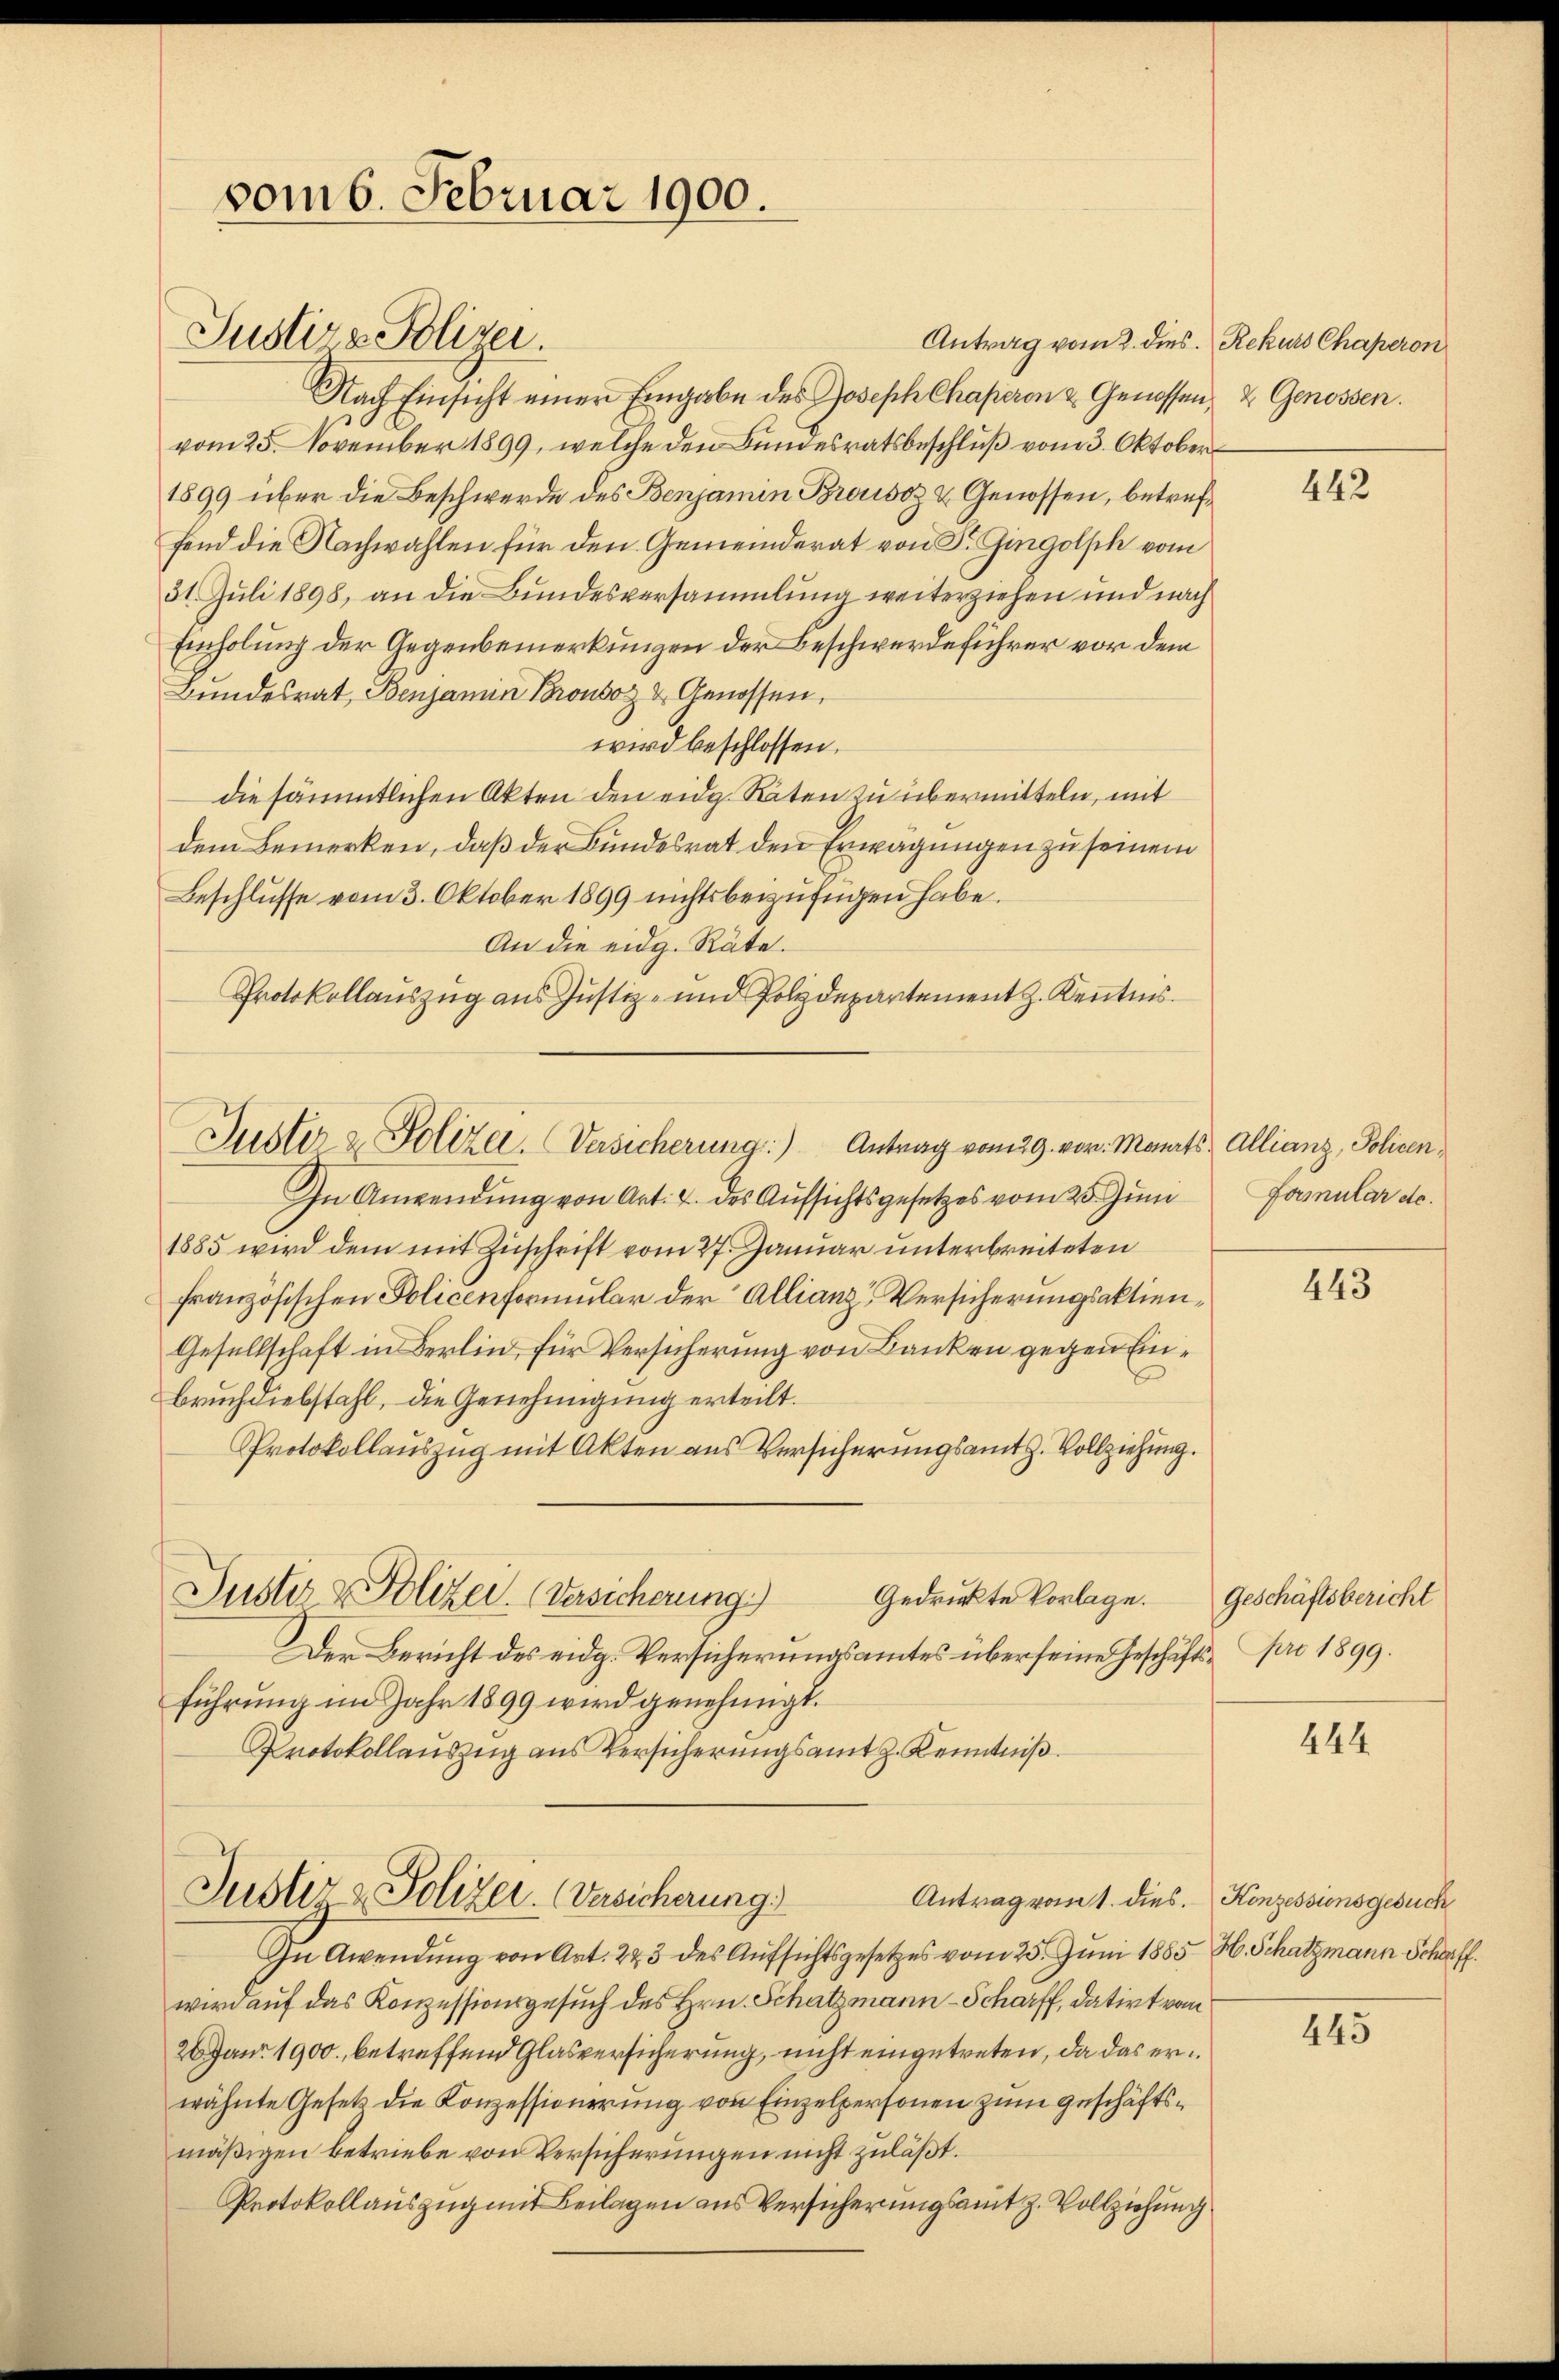
vom 6. Februar 1900.

Justiz & Polizei.

Juster u. Polizei. Versicherung: Antrag vom 29. vor. Monats Allianz, Policen¬

Antrag vom 2. dies Rekurs Chaperon
Nach Einsicht einer Eingabe des Joseph Chaperon & Genossen, & Genossen.
vom 25. November 1899, welche den Bundesratsbeschluß vom 3. Oktober
1899 über die Beschwerde des Benjamin Brousoz & Genossen, betreffend die Nachwahlen für den Gemeinderat von Dr. Gingolph vom
31. Juli 1898, an die Bundesversammlung weiterziehen und nach
Einholung der Gegenbemerkungen der Beschwerdeführer vor dem
Bundesrat, Benjamin Prousoz & Genossen,
wird beschlossen.
die sämmtlichen Akten den eidg. Raten zu übermitteln, mit
dem Bemerken, daß der Bundesrat den Erwägungen zu seinem
Beschlusse vom 3. Oktober 1899 nichts beizufügen habe.
An die eidg. Räte.
Protokollauszug aus Justiz- und Polydepartement J. Kenntnis.
In Anwendŭng von Art. 2. des Aŭfsichtsgesetzes vom 20. Jŭni Formular de
1885 wird dem mit Zuschrift vom 27. Januar unterbreiteten
französischen Policenformular der Allianz Versicherungsaktien¬
Gesellschaft in Berlin, für Versicherung von Banken gegen Ein¬
Bruch diebstahl, die Genehmigung erteilt.
Protokollauszug mit Akten aus Versicherungsamth. Vollziehung.
Justiz & Polizei. Versicherung)
Gedrückte Vorlage.
Der Bericht des eidg. Versicherungsamtes über seine Geschäfts- pro 1899.
führung im Jahr 1899 wird genehmigt.
Protokollauszug aus Versicherungsamt z. Kenntniß
Justiz - Polizei- Versicherung
Antrag vom 1. dies. Konzessionsgesuch
In Gwendung von Art. 223 des Aufsichtsgesetzes vom 25. Juni 1885 H. Schatzmann Schaff
wird auf das Konzessionsgesuch des Hrn. Schatzmann-Scharff, datirt vom
2 Juni 1900. betreffend Glasversicherung, nicht eingetreten, da das erwähnte Gesetz die Konzessionerung von Einzelpersonen zum Geschäftsmäßigen betriebe von Versicherungen nicht zuläßt.
Protokollauszug mit Beilagen aus Versicherungsamt z. Vollziehung

442

443

Geschäftsbericht

444.

445